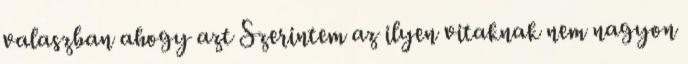
valaszban ahogy azt Szerintem az ilyen vitaknak nem nagyon